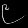
Digit: ၉